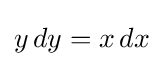
y\,dy=x\,dx